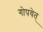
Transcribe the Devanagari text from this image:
गोपयेत्